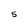
Character: 5